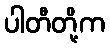
ပါတီတို့က